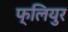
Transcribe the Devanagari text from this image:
फ्लियुर